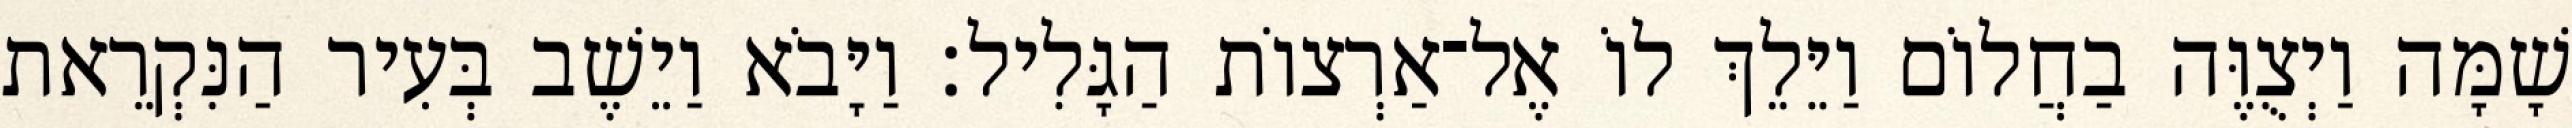
שָׁמָּה וַיְצֻוֶּה בַחֲלוֹם וַיֵּלֵךְ לוֹ אֶל־אַרְצוֹת הַגָּלִיל׃ וַיָּבֹא וַיֵשֶׁב בְּעִיר הַנִּקְרֵאת